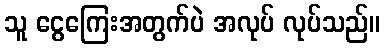
သူ ငွေကြေးအတွက်ပဲ အလုပ် လုပ်သည်။